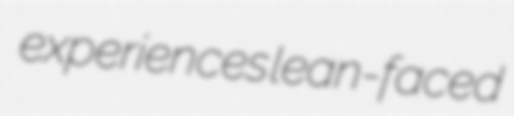
experiences lean-faced